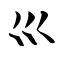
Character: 巛